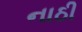
નાઠી